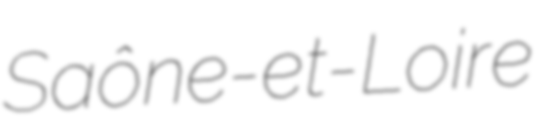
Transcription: Saône-et-Loire